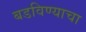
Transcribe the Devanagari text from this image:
बडविण्याचा